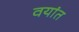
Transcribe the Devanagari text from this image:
वयांत